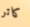
كاتر